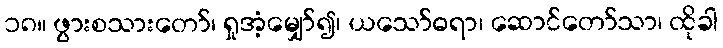
၁၈။ ဖွားစသားတော်၊ ရှုအံ့မျှော်၍၊ ယသော်ဓရာ၊ ဆောင်တော်သာ၊ ထိုခါ